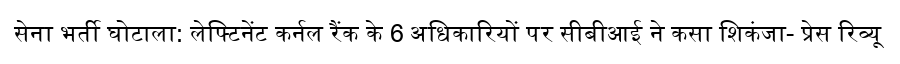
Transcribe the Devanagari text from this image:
सेना भर्ती घोटाला: लेफ्टिनेंट कर्नल रैंक के 6 अधिकारियों पर सीबीआई ने कसा शिकंजा- प्रेस रिव्यू